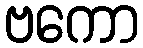
ဗကော